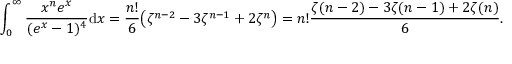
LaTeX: \int _ { 0 } ^ { \infty } { \frac { x ^ { n } e ^ { x } } { ( e ^ { x } - 1 ) ^ { 4 } } } \mathrm { d } x = { \frac { n ! } { 6 } } { \bigl ( } \zeta ^ { n - 2 } - 3 \zeta ^ { n - 1 } + 2 \zeta ^ { n } { \bigr ) } = n ! { \frac { \zeta ( n - 2 ) - 3 \zeta ( n - 1 ) + 2 \zeta ( n ) } { 6 } } .